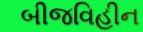
બીજવિહીન